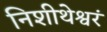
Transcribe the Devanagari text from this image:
निशीथेश्वरं